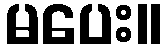
မပေး။